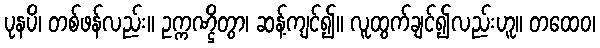
ပုနပိ၊ တစ်ဖန်လည်း။ ဥက္ကဏ္ဌိတွာ၊ ဆန့်ကျင်၍။ လူထွက်ချင်၍လည်းဟူ။ တထေဝ၊